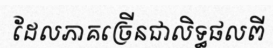
ដែលភាគច្រើនជាលិទ្ធផលពី